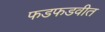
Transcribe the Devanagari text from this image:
फडफडवीत